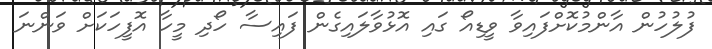
ފުލުހުން އާންމުކޮށްފައިވާ ވީޑިއޯ ގައި އޮޅުވާލައިގެން ފައިސާ ހޯދި މީހާ އޮފީހަކަށް ވަންނަ